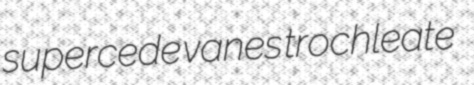
supercede vanes trochleate